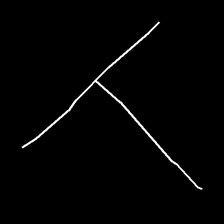
Glyph: column